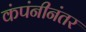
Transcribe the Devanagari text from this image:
कंपंनीनंतर